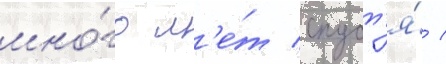
мно́го л'е́т спуст'я́ /